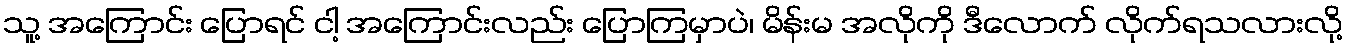
သူ့ အကြောင်း ပြောရင် ငါ့ အကြောင်းလည်း ပြောကြမှာပဲ၊ မိန်းမ အလိုကို ဒီလောက် လိုက်ရသလားလို့